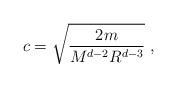
LaTeX: \begin{align*} c = \sqrt{\frac{2m}{M^{d-2}R^{d-3}}}~,\end{align*}